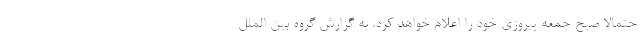
حتمالا صبح جمعه پیروزی خود را اعلام خواهد کرد. به گزارش گروه بین الملل